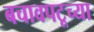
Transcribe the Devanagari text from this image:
बचावपटूच्या